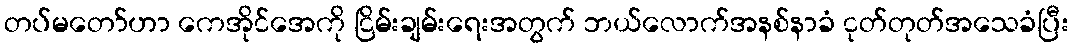
တပ်မတော်ဟာ ကေအိုင်အေကို ငြိမ်းချမ်းရေးအတွက် ဘယ်လောက်အနစ်နာခံ ငုတ်တုတ်အသေခံပြီး